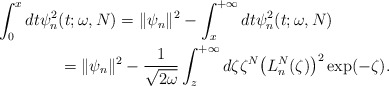
\begin{gather*} \int_{0}^{x}dt\psi _{n}^{2}(t;\omega ,N) = \Vert \psi _{n} \Vert ^{2}-\int_{x}^{+\infty }dt\psi _{n}^{2}(t;\omega ,N) \\\hphantom{\int_{0}^{x}dt\psi _{n}^{2}(t;\omega ,N)}{}= \Vert \psi _{n} \Vert ^{2}-\frac{1}{\sqrt{2\omega }} \int_{z}^{+\infty }d\zeta \zeta ^{N}\big( L_{n}^{N}(\zeta) \big) ^{2}\exp ( -\zeta ) .\end{gather*}